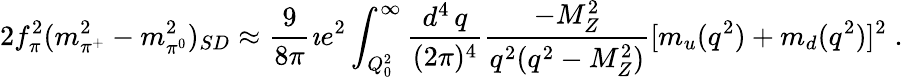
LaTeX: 2f_{\pi}^{2}(m_{\pi^{+}}^{2}-m_{\pi^{0}}^{2})_{SD}\approx\frac{9}{8\pi}\imath e^{2}\int_{Q_{0}^{2}}^{\infty}\frac{d^{4}\, q}{(2\pi)^{4}}\frac{-M_{Z}^{2}}{q^{2}(q^{2}-M_{Z}^{2})}[m_{u}(q^{2})+m_{d}(q^{2})]^{2}\; .